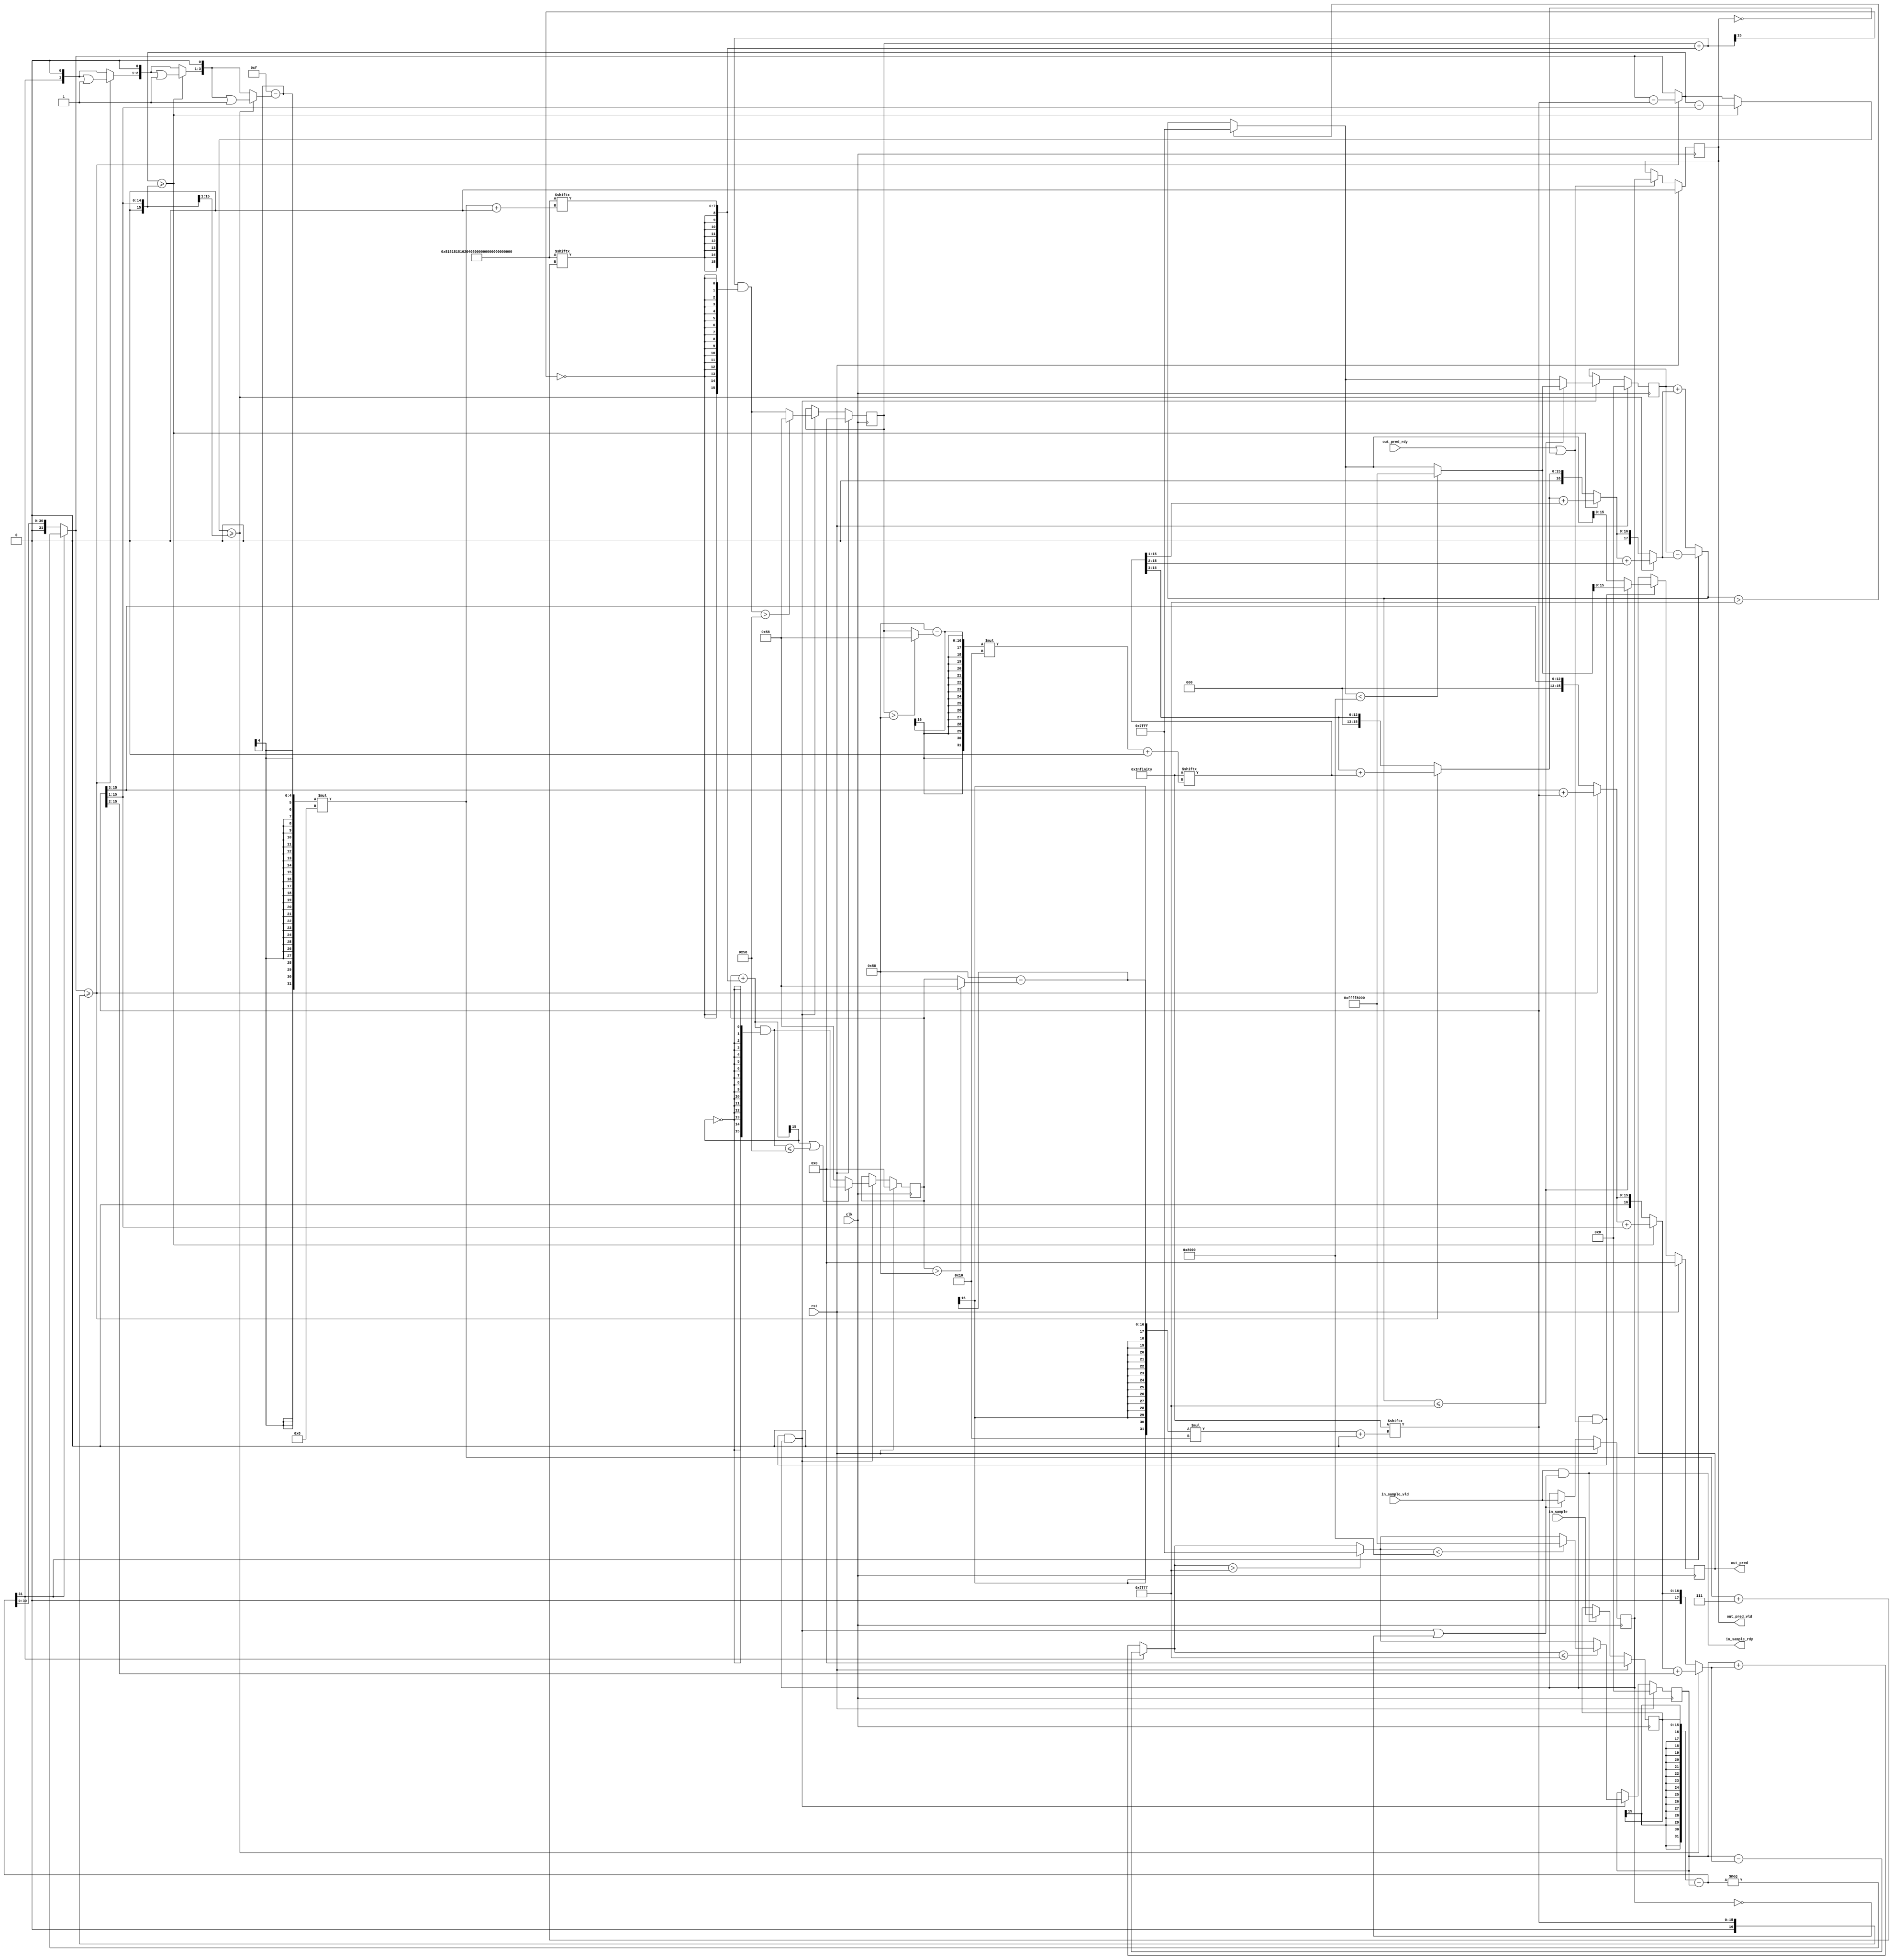
module adpcm_xls (
	clk,
	rst,
	in_sample,
	in_sample_vld,
	out_pred_rdy,
	out_pred,
	out_pred_vld,
	in_sample_rdy
);
	input wire clk;
	input wire rst;
	input wire [15:0] in_sample;
	input wire in_sample_vld;
	input wire out_pred_rdy;
	output wire [15:0] out_pred;
	output wire out_pred_vld;
	output wire in_sample_rdy;
	wire [1423:0] literal_2537;
	assign literal_2537 = 1424'h700080009000a000b000c000d000e001000110013001500170019001c001f002200250029002d00320037003c00420049005000580061006b00760082008f009d00ad00be00d100e600fd0117013301510173019801c101ee02200256029202d4031c036c03c30424048e05020583061006ab0756081208e009c30abd0bd00cff0e4c0fba114c130714ee170619541bdc1ea521b6251528ca2cdf315b364b3bb941b248444f7e5771602f69ce74627fff;
	wire [127:0] literal_2605;
	assign literal_2605 = 128'h81818181020406088181818102040608;
	reg [31:0] __st_1;
	reg [15:0] __st_2;
	reg [15:0] __st_0;
	reg [31:0] __st_3;
	reg [15:0] __in_sample_reg;
	reg __in_sample_valid_reg;
	reg [15:0] __out_pred_reg;
	reg __out_pred_valid_reg;
	wire [31:0] sub_2539;
	wire [15:0] array_index_2545;
	wire [15:0] array_index_2541;
	wire [31:0] sel_2549;
	wire [31:0] concat_2550;
	wire [1:0] concat_2552;
	wire sge_2554;
	wire [15:0] concat_2551;
	wire [31:0] sub_2557;
	wire [15:0] add_2555;
	wire [31:0] sel_2568;
	wire [31:0] concat_2569;
	wire [2:0] concat_2572;
	wire [15:0] concat_2574;
	wire sge_2575;
	wire [15:0] add_2578;
	wire [16:0] concat_2570;
	wire [31:0] sub_2579;
	wire [16:0] add_2576;
	wire [3:0] concat_2595;
	wire [16:0] concat_2597;
	wire sge_2599;
	wire [16:0] add_2602;
	wire [17:0] concat_2593;
	wire [17:0] add_2600;
	wire [17:0] concat_2613;
	wire [15:0] sign_ext_2617;
	wire [17:0] add_2618;
	wire [31:0] concat_2611;
	wire [15:0] add_2621;
	wire [31:0] add_2615;
	wire [31:0] sub_2616;
	wire [31:0] concat_2627;
	wire [15:0] add_2628;
	wire and_2682;
	wire out_pred_valid_inv;
	wire [31:0] sel_2619;
	wire [31:0] add_2632;
	wire [31:0] sub_2633;
	wire __out_pred_rdy_buf__1;
	wire out_pred_valid_load_en;
	wire [31:0] sel_2638;
	wire out_pred_load_en;
	wire [31:0] sel_2629;
	wire [15:0] and_2643;
	wire __out_pred_rdy_buf__2;
	wire [31:0] sel_2653;
	wire [15:0] and_2655;
	wire [31:0] sel_2642;
	wire pipeline_enable;
	wire in_sample_valid_inv;
	wire sle_2648;
	wire in_sample_valid_load_en;
	wire [15:0] sel_2672;
	wire [31:0] sel_2673;
	wire [15:0] sel_2675;
	wire [31:0] sel_2674;
	wire in_sample_load_en;
	wire [15:0] __out_pred_rdy_buf;
	assign sub_2539 = {{16 {__in_sample_reg[15]}}, __in_sample_reg} - __st_1;
	assign array_index_2545 = literal_2537[(88 - (__st_0 > 16'h0058 ? 16'h0058 : __st_0)) * 16+:16];
	assign array_index_2541 = literal_2537[(88 - (__st_2 > 16'h0058 ? 16'h0058 : __st_2)) * 16+:16];
	assign sel_2549 = (sub_2539[31] ? -sub_2539 : sub_2539);
	assign concat_2550 = {16'h0000, array_index_2545};
	assign concat_2552 = {sub_2539[31], 1'h0};
	assign sge_2554 = $signed(sel_2549) >= $signed(concat_2550);
	assign concat_2551 = {3'h0, array_index_2541[15:3]};
	assign sub_2557 = sel_2549 - concat_2550;
	assign add_2555 = concat_2551 + array_index_2541;
	assign sel_2568 = (sge_2554 ? sub_2557 : sel_2549);
	assign concat_2569 = {17'h00000, array_index_2545[15:1]};
	assign concat_2572 = {(sge_2554 ? concat_2552 | 2'h1 : concat_2552), 1'h0};
	assign concat_2574 = {3'h0, array_index_2545[15:3]};
	assign sge_2575 = $signed(sel_2568) >= $signed(concat_2569);
	assign add_2578 = concat_2574 + array_index_2545;
	assign concat_2570 = {1'h0, (sge_2554 ? add_2555 : concat_2551)};
	assign sub_2579 = sel_2568 - concat_2569;
	assign add_2576 = concat_2570 + {2'h0, array_index_2541[15:1]};
	assign concat_2595 = {(sge_2575 ? concat_2572 | 3'h1 : concat_2572), 1'h0};
	assign concat_2597 = {1'h0, (sge_2554 ? add_2578 : concat_2574)};
	assign sge_2599 = $signed((sge_2575 ? sub_2579 : sel_2568)) >= $signed({18'h00000, array_index_2545[15:2]});
	assign add_2602 = concat_2597 + {2'h0, array_index_2545[15:1]};
	assign concat_2593 = {1'h0, (sge_2575 ? add_2576 : concat_2570)};
	assign add_2600 = concat_2593 + {4'h0, array_index_2541[15:2]};
	assign concat_2613 = {1'h0, (sge_2575 ? add_2602 : concat_2597)};
	assign sign_ext_2617 = {{8 {literal_2605[((15 - (sge_2599 ? concat_2595 | 4'h1 : concat_2595)) * 8) + 7]}}, literal_2605[(15 - (sge_2599 ? concat_2595 | 4'h1 : concat_2595)) * 8+:8]};
	assign add_2618 = concat_2613 + {4'h0, array_index_2545[15:2]};
	assign concat_2611 = {14'h0000, (sge_2599 ? add_2600 : concat_2593)};
	assign add_2621 = __st_0 + sign_ext_2617;
	assign add_2615 = __st_3 + concat_2611;
	assign sub_2616 = __st_3 - concat_2611;
	assign concat_2627 = {14'h0000, (sge_2599 ? add_2618 : concat_2613)};
	assign add_2628 = __st_2 + sign_ext_2617;
	assign and_2682 = __in_sample_valid_reg;
	assign out_pred_valid_inv = ~__out_pred_valid_reg;
	assign sel_2619 = (sub_2539[31] ? sub_2616 : add_2615);
	assign add_2632 = __st_1 + concat_2627;
	assign sub_2633 = __st_1 - concat_2627;
	assign __out_pred_rdy_buf__1 = and_2682;
	assign out_pred_valid_load_en = out_pred_rdy | out_pred_valid_inv;
	assign sel_2638 = (sub_2539[31] ? sub_2633 : add_2632);
	assign out_pred_load_en = __out_pred_rdy_buf__1 & out_pred_valid_load_en;
	assign sel_2629 = ($signed(sel_2619) > $signed(32'h00007fff) ? 32'h00007fff : sel_2619);
	assign and_2643 = add_2621 & {16 {~add_2621[15]}};
	assign __out_pred_rdy_buf__2 = out_pred_load_en;
	assign sel_2653 = ($signed(sel_2638) > $signed(32'h00007fff) ? 32'h00007fff : sel_2638);
	assign and_2655 = add_2628 & {16 {~add_2628[15]}};
	assign sel_2642 = ($signed(sel_2629) < $signed(32'hffff8000) ? 32'hffff8000 : sel_2629);
	assign pipeline_enable = __out_pred_rdy_buf__2 & and_2682;
	assign in_sample_valid_inv = ~__in_sample_valid_reg;
	assign sle_2648 = $signed(sel_2619) <= $signed(32'h00007fff);
	assign in_sample_valid_load_en = pipeline_enable | in_sample_valid_inv;
	assign sel_2672 = (add_2621[15] | ($signed({{16 {and_2643[15]}}, and_2643}) <= $signed(32'h00000058)) ? and_2643 : 16'h0058);
	assign sel_2673 = ($signed(sel_2638) <= $signed(32'h00007fff) ? ($signed(sel_2653) < $signed(32'hffff8000) ? 32'hffff8000 : sel_2653) : sel_2653);
	assign sel_2675 = ($signed({{16 {and_2655[15]}}, and_2655}) > $signed(32'h00000058) ? 16'h0058 : and_2655);
	assign sel_2674 = (sle_2648 ? sel_2642 : sel_2629);
	assign in_sample_load_en = in_sample_vld & in_sample_valid_load_en;
	assign __out_pred_rdy_buf = (sle_2648 ? sel_2642[15:0] : sel_2629[15:0]);
	always @(posedge clk)
		if (rst) begin
			__st_1 <= 32'h00000000;
			__st_2 <= 16'h0000;
			__st_0 <= 16'h0000;
			__st_3 <= 32'h00000000;
			__in_sample_reg <= 16'h0000;
			__in_sample_valid_reg <= 1'h0;
			__out_pred_reg <= 16'h0000;
			__out_pred_valid_reg <= 1'h0;
		end
		else begin
			__st_1 <= (pipeline_enable ? sel_2673 : __st_1);
			__st_2 <= (pipeline_enable ? sel_2675 : __st_2);
			__st_0 <= (pipeline_enable ? sel_2672 : __st_0);
			__st_3 <= (pipeline_enable ? sel_2674 : __st_3);
			__in_sample_reg <= (in_sample_load_en ? in_sample : __in_sample_reg);
			__in_sample_valid_reg <= (in_sample_valid_load_en ? in_sample_vld : __in_sample_valid_reg);
			__out_pred_reg <= (out_pred_load_en ? __out_pred_rdy_buf : __out_pred_reg);
			__out_pred_valid_reg <= (out_pred_valid_load_en ? __out_pred_rdy_buf__1 : __out_pred_valid_reg);
		end
	assign out_pred = __out_pred_reg;
	assign out_pred_vld = __out_pred_valid_reg;
	assign in_sample_rdy = in_sample_load_en;
endmodule